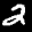
Label: 2